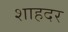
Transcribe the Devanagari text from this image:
शाहदर